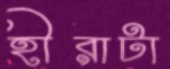
হীরাটা